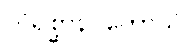
တိရစ္ဆာနဂတောသိ